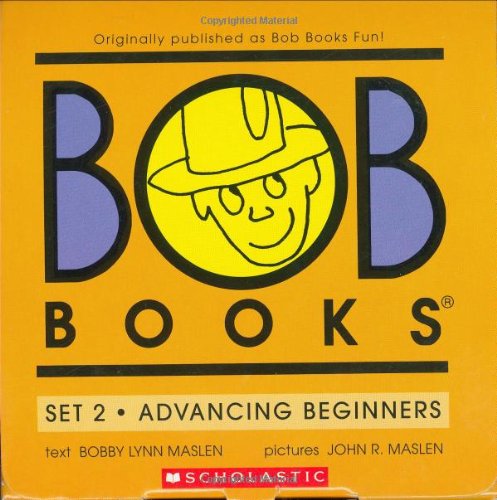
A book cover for Bob Books Set 2-Advancing Beginners; Bobby Lynn Maslen; Children's Books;